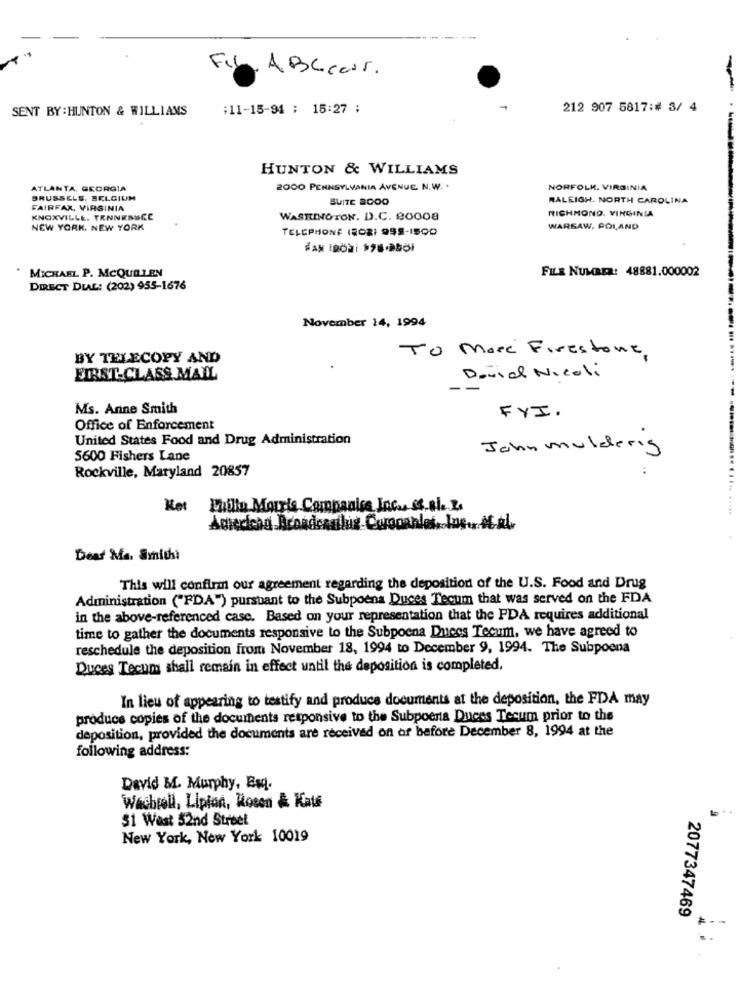
FIL
ABCCar.
SENT BY : HUNTON & WILLIAMS
:11-15-91 ; 15:27 ;
212 907 5817:# 3/ 4
HUNTON & WILLIAMS
ATLANTA, GEORGIA
2000 PENNSYLVANIA AVENUE N. W. .
NORFOLK. VIRGINIA
BRUSSELS, BELGIUM
SUITE SOOO
RALEIGH. NORTH CAROLINA
FAIRFAX, VIRGINIA
RICHMOND, VIRGINIA
KNOXVILLE. TENNESSEE
WASHINGTON. D.C. 80008
NEW YORK, NEW YORK
TELEPHONE (RORI 999-1800
WARSAW, POLAND
FILE NUMBER: 48881.000002
MICHAEL P. MCQUALEN
DIRECT DIAL: (202) 955-1676
November 14, 1994
TO More Firestone
BY TELECOPY AND
FIRST-CLASS MAIL
David Nicoli
Ms. Anne Smith
FYI .
Office of Enforcement
United States Food and Drug Administration
John mulderig
5600 Fishers Lane
Rockville, Maryland 20857
Ket
Pulo Morris Companies Inc ., St. ale. 2.
Dear Ma. Smithi
This will confirm our agreement regarding the deposition of the U.S. Food and Drug
Administration ("FDA") pursuant to the Subpoena Duces Tecum that was served on the FDA
in the above-referenced case. Based on your representation that the FDA requires additional
time to gather the documents responsive to the Subpoena Duces Tecum, we have agreed to
reschedule the deposition from November 18, 1994 to December 9, 1994. The Subpoena
Duces Tecum shall remain in effect until the deposition is completed.
In lieu of appearing to testify and produce documents at the deposition, the FDA may
produce copies of the documents responsive to the Subpoena Duces Tecum prior to the
deposition, provided the documents are received on or before December 8, 1994 at the
following address:
David BL. Murphy, Esq.
Wechrell, Lipton, Rosen & Kate
$1 West 52nd Street
New York, New York 10019
2077347469